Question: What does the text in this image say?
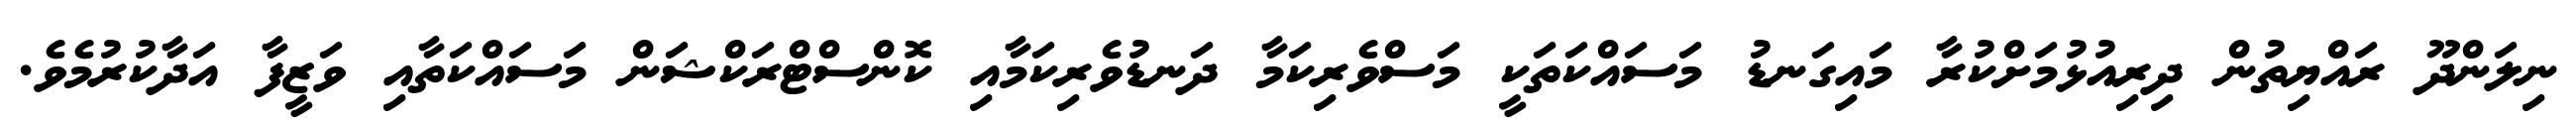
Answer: ނިލަންދޫ ރައްޔިތުން ދިރިއުޅުމަށްކުރާ މައިގަނޑު މަސައްކަތަކީ މަސްވެރިކަމާ ދަނޑުވެރިކަމާއި ކޮންސްޓްރަކްޝަން މަސައްކަތާއި ވަޒީފާ އަދާކުރުމެވެ.